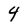
Character: 4